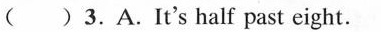
( )3.A.It's half past eight.